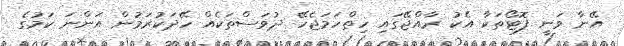
އޭނާ ވަނީ ފޮޓޯތަކާ އެކު ރާއްޖޭގައި ހިތްހަމަޖެހޭ ދުވަސްތަކެއް ހޭދަކުރަމުން އަންނަ ކަމުގެ